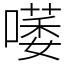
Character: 𠾭